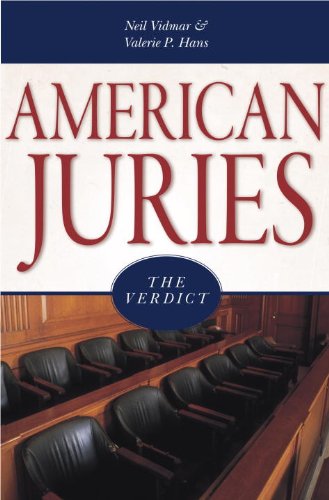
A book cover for American Juries: The Verdict; Neil Vidmar; Law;